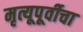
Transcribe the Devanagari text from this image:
मृत्यूपूर्वीचा